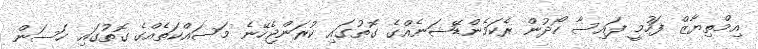
އިމްތިޔާޒް ފަހުމީ ފައިސާ ހޯދުން ރެކަމެންޑޭޝަނެއްގެ ގޮތުގައި ކުރަންޖެހޭނެ މަސައްކަތެއްގެ ގޮތުގައި ހަސަން